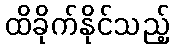
ထိခိုက်နိုင်သည့်